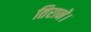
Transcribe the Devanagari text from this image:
तिराने।